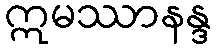
ဣမဿာနန္ဒ